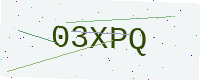
Text: 03XPQ